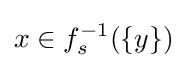
x\in f_{s}^{-1}(\{y\})